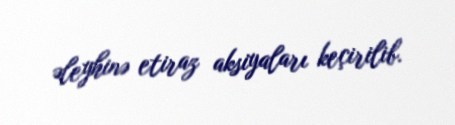
əleyhinə etiraz aksiyaları keçirilib.